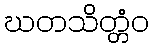
ဃတသိတ္တံဝ